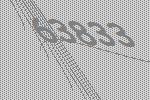
63833